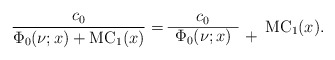
\begin{align*}\frac{c_0}{\Phi_0(\nu;x)+\mathrm{MC}_1(x)}=\begin{array}{cc}c_0& \\\cline{1-1}\Phi_0(\nu;x) & +\end{array}\mathrm{MC}_1(x).\end{align*}